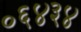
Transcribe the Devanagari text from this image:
०६४३४